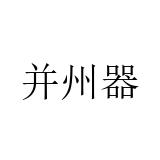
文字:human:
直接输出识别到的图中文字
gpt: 并州器